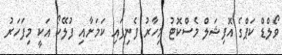
ވޯލްޑް ކަޕްގެ އޮފިޝަލް މެސްކޮޓު މިހާރު ފެނިފައި ކަމަަށާއި ފުލޭކޯ އަކީ މިފަހަރު